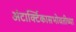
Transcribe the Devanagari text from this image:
अंटार्क्टिकासभोवतीच्या